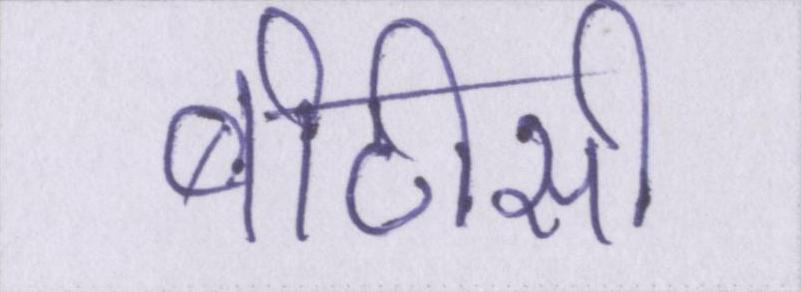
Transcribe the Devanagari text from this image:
बीटीसी